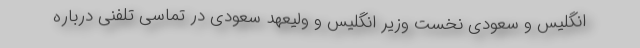
انگلیس و سعودی نخست وزیر انگلیس و ولیعهد سعودی در تماسی تلفنی درباره